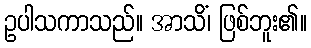
ဥပါသကာသည်။ အာသိံ၊ ဖြစ်ဘူး၏။